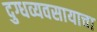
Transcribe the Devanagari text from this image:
दुग्धव्यवसायाचा